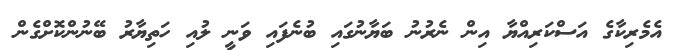
އެމެރިކާގެ އަސްކަރިއްޔާ އިން ނެރުނު ބަޔާނުގައި ބުނެފައި ވަނީ ލުއި ހަތިޔާރު ބޭނުންކޮށްގެން